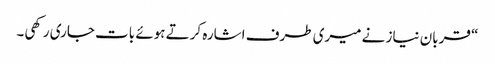
“ قربان نیاز نے میری طرف اشارہ کرتے ہوئے بات جاری رکھی۔